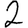
Digit: 2